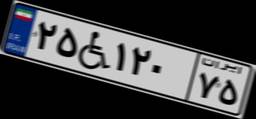
۳۵W۳۲۰۲۳